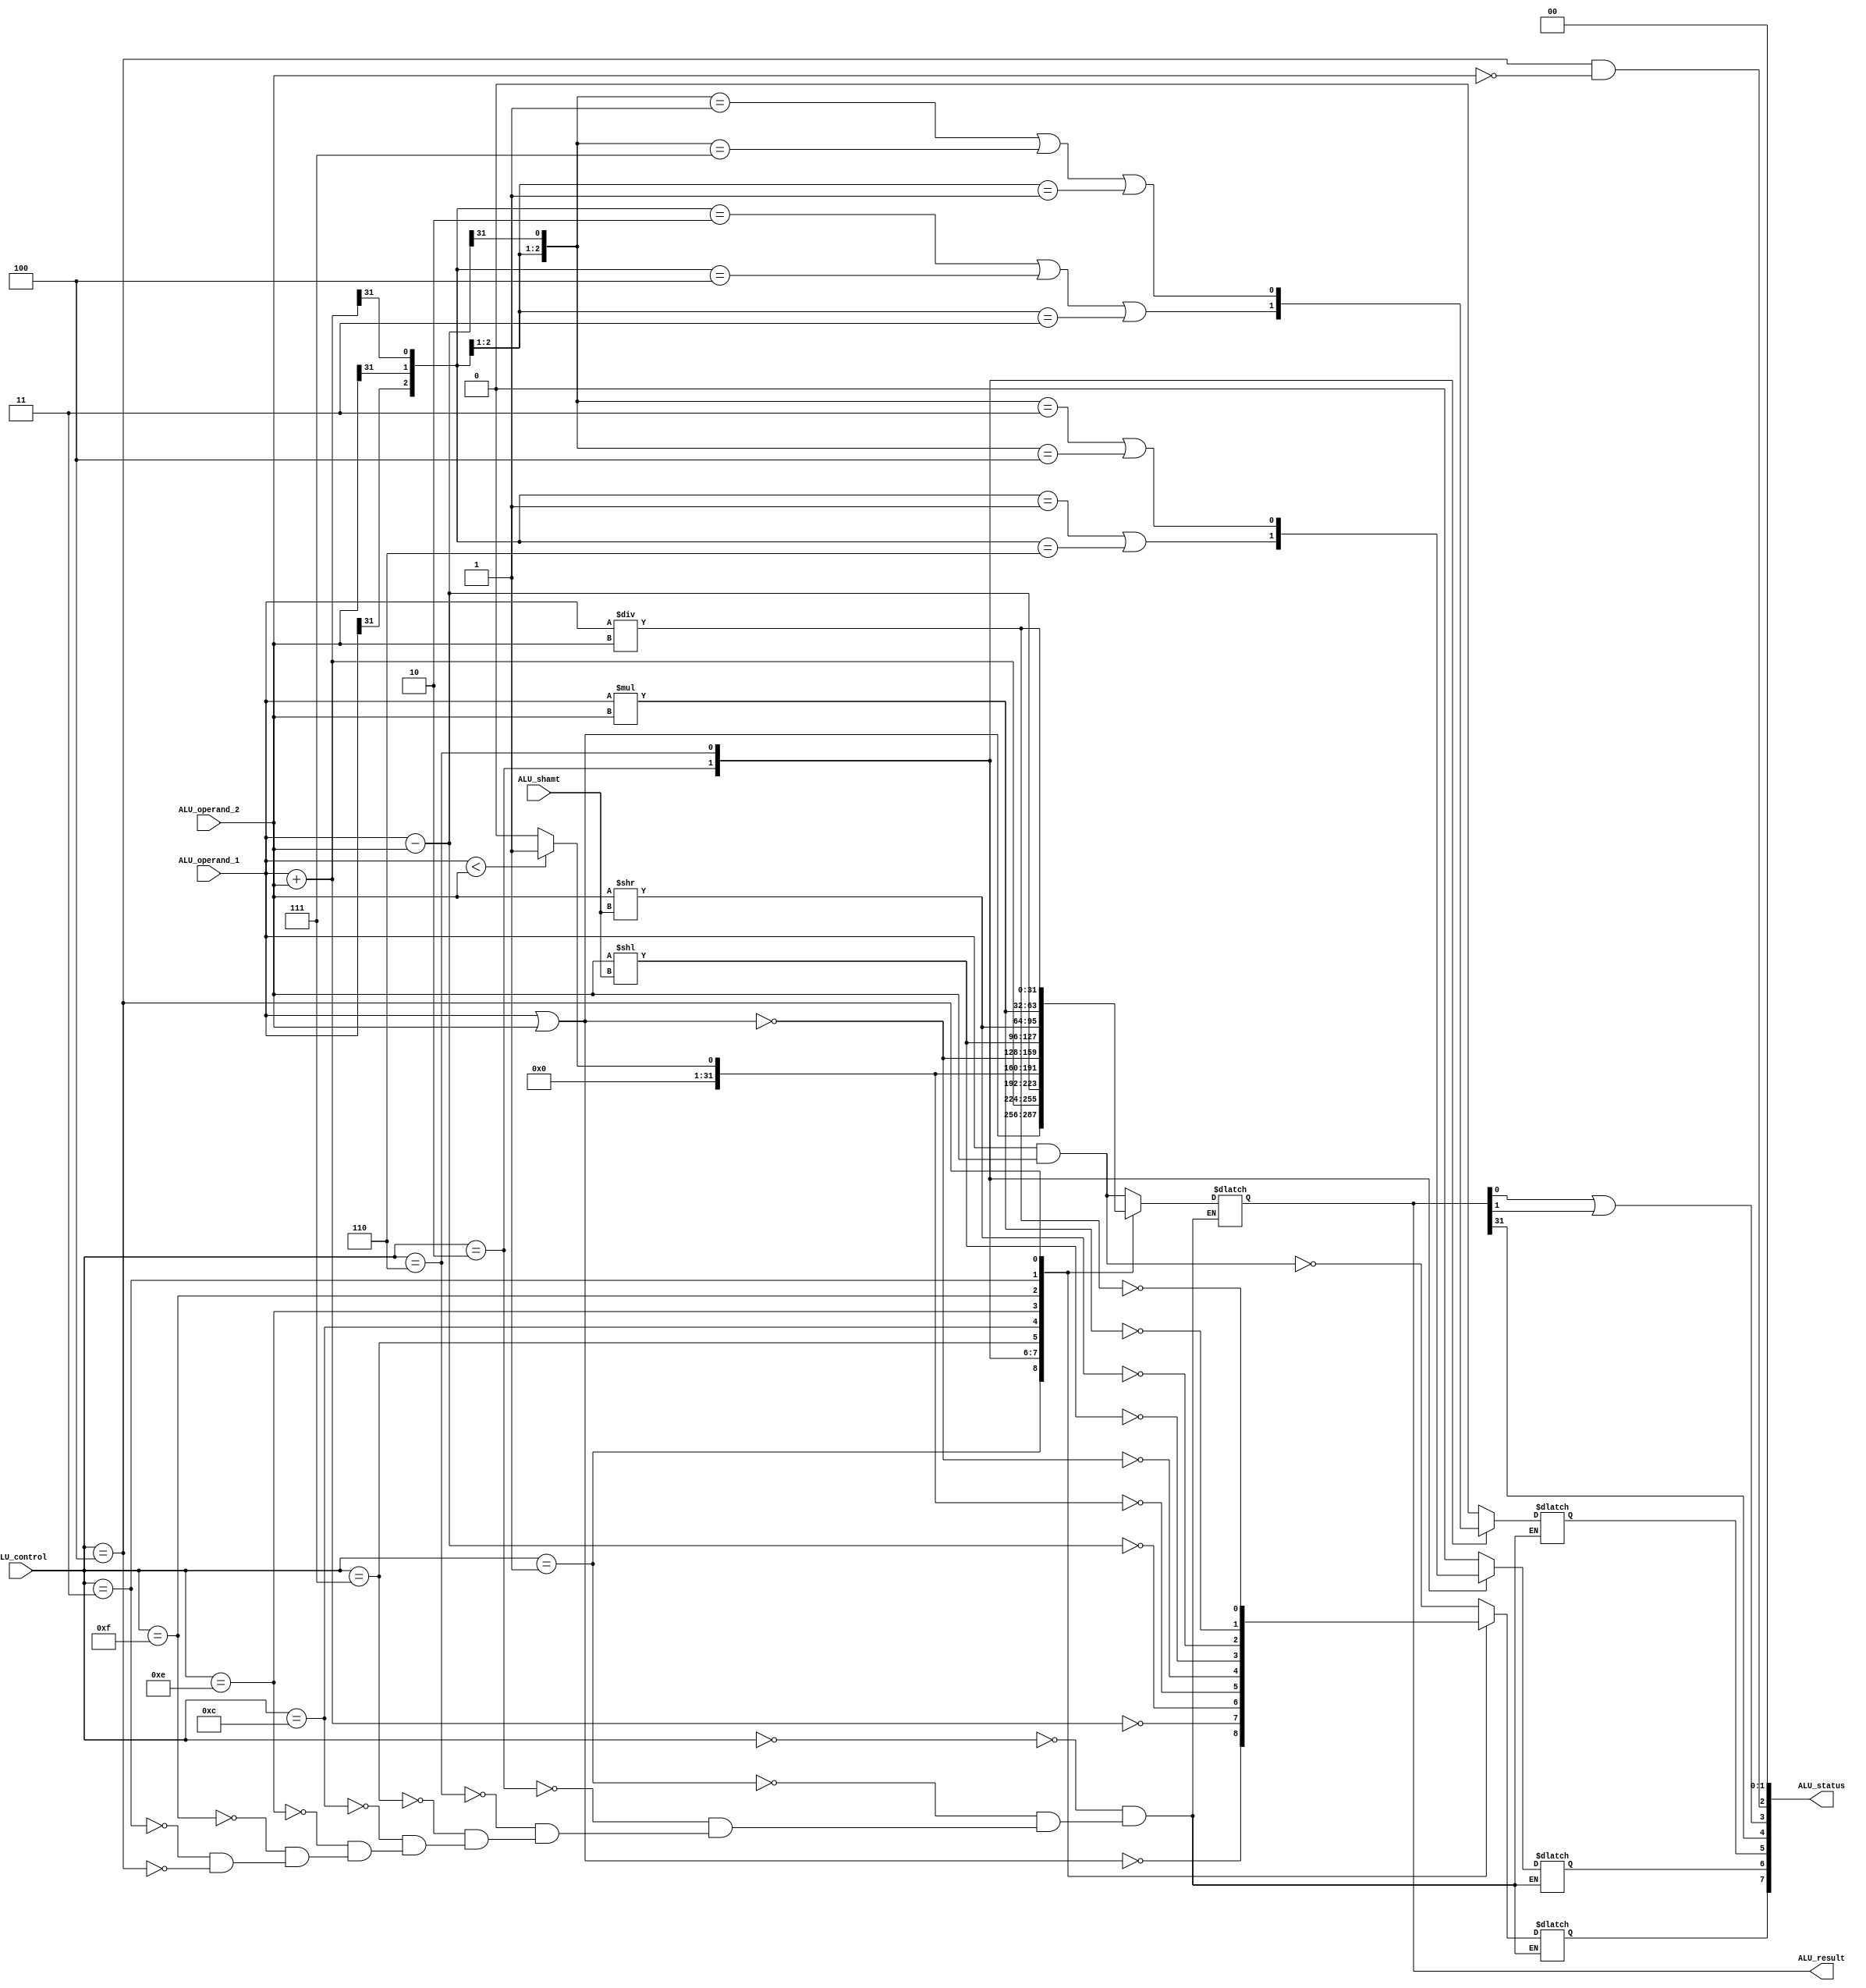
module ALU(
		input 		[3:0] ALU_control,
		input		[31:0] ALU_operand_1,
		input		[31:0] ALU_operand_2,
		input		[4:0] ALU_shamt,
		output reg	[31:0] ALU_result,
		output		[7:0] ALU_status
);
	reg zero, overflow, carry;
	wire negative, invalid_address, div_zero;

	always@(ALU_control, ALU_operand_1, ALU_operand_2, ALU_shamt)
	begin
		case (ALU_control)
		4'b0000:	begin	// and
					ALU_result = ALU_operand_1 & ALU_operand_2;			
					zero = (ALU_result == 32'b0);
					overflow = 1'b0;
					carry = 1'b0;
				end	
		4'b0001:	begin	// or
					ALU_result = ALU_operand_1 | ALU_operand_2;			
					zero = (ALU_result == 32'b0);
					overflow = 1'b0;
					carry = 1'b0;
				end	
		4'b0010:	begin	// add
					ALU_result = ALU_operand_1 + ALU_operand_2;			
					zero = (ALU_result == 32'b0);
					overflow = {ALU_operand_1[31], ALU_operand_2[31], ALU_result[31]} == 3'b001 ||
								{ALU_operand_1[31], ALU_operand_2[31], ALU_result[31]} == 3'b110;
					carry = {ALU_operand_1[31], ALU_operand_2[31], ALU_result[31]} == 3'b010 ||
							{ALU_operand_1[31], ALU_operand_2[31], ALU_result[31]} == 3'b100 ||
							{ALU_operand_1[31], ALU_operand_2[31]} == 2'b11;
				end	
		4'b0110:	begin	// sub
					ALU_result = ALU_operand_1 - ALU_operand_2;			
					zero = (ALU_result == 32'b0);
					overflow = {ALU_operand_1[31], ALU_operand_2[31], ALU_result[31]} == 3'b011 ||
								{ALU_operand_1[31], ALU_operand_2[31], ALU_result[31]} == 3'b100;
					carry = {ALU_operand_1[31], ALU_operand_2[31], ALU_result[31]} == 3'b001 ||
							{ALU_operand_1[31], ALU_operand_2[31], ALU_result[31]} == 3'b111 ||
							{ALU_operand_1[31], ALU_operand_2[31]} == 2'b01;
				end	
		4'b0111:	begin	// slt
					ALU_result = (ALU_operand_1 < ALU_operand_2) ? 32'b1 : 32'b0;		
					zero = (ALU_result == 32'b0);
					overflow = 1'b0;
					carry = 1'b0;
				end	
		4'b1100:	begin	// nor
					ALU_result = ~(ALU_operand_1 | ALU_operand_2);	
					zero = (ALU_result == 32'b0);
					overflow = 1'b0;
					carry = 1'b0;
				end	
		4'b1110:	begin	//	sll
					ALU_result = ALU_operand_2 << ALU_shamt;
					zero = (ALU_result == 32'b0);
					overflow = 1'b0;
					carry = 1'b0;
				end
		4'b1111:	begin	//	slr
					ALU_result = ALU_operand_2 >> ALU_shamt;
					zero = (ALU_result == 32'b0);
					overflow = 1'b0;
					carry = 1'b0;
				end
		4'b0011:	begin	//	mul
					ALU_result = ALU_operand_1 * ALU_operand_2;
					zero = (ALU_result == 32'b0);
					overflow = 1'b0;
					carry = 1'b0;
				end
		4'b0100:	begin	//	div
					ALU_result = ALU_operand_1 / ALU_operand_2;
					zero = (ALU_result == 32'b0);
					overflow = 1'b0;
					carry = 1'b0;
				end
//		default:	begin	// 
//					ALU_result = 32'b0;	
//					zero = 1'b0;
//					overflow = 1'b0;
//					carry = 1'b0;
//				end	
		endcase
	end
	assign negative = ALU_result[31];
	assign invalid_address = ALU_result[0] || ALU_result[1];
	assign div_zero = (ALU_control == 4'b0100 && ALU_operand_2 == 32'b0);
	
	assign ALU_status = {zero, overflow, carry, negative, invalid_address, div_zero, 2'b00};
	
endmodule